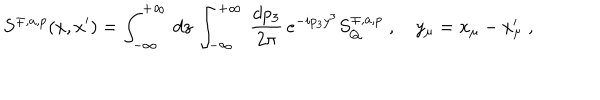
S ^ { \mp , a , p } ( x , x ^ { \prime } ) = \int _ { - \infty } ^ { + \infty } \, d z \, \int _ { - \infty } ^ { + \infty } \, \frac { d p _ { 3 } } { 2 \pi } \, e ^ { - i p _ { 3 } y ^ { 3 } } S _ { Q } ^ { \mp , a , p } \; , \quad y _ { \mu } = x _ { \mu } - x _ { \mu } ^ { \prime } \; ,